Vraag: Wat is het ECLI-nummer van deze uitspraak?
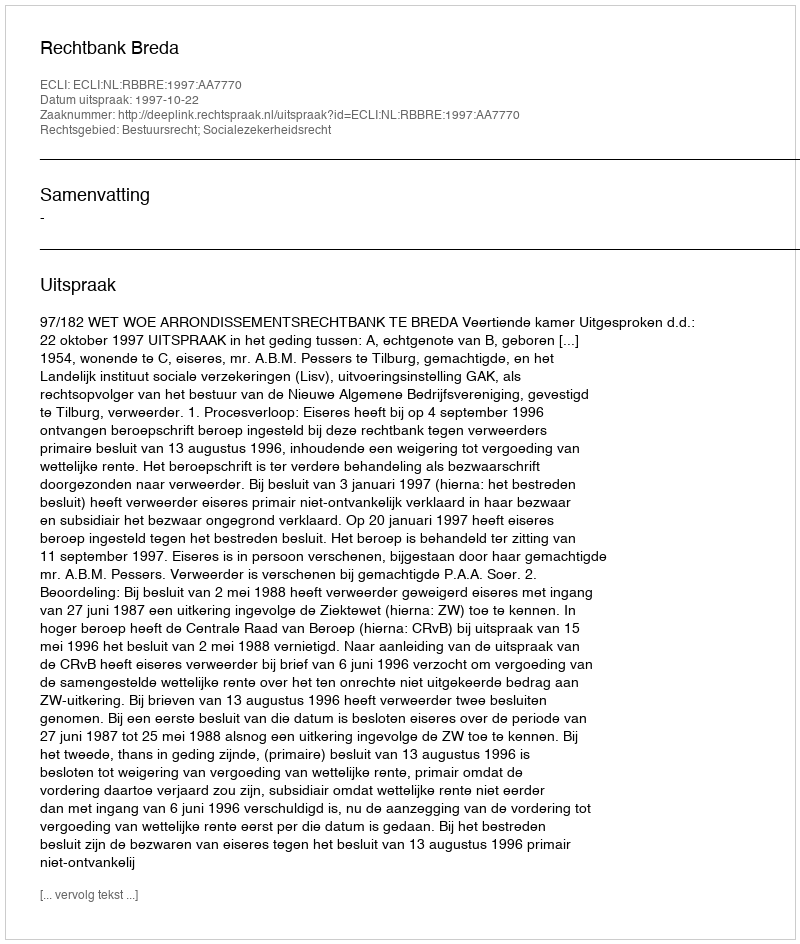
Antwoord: ECLI:NL:RBBRE:1997:AA7770